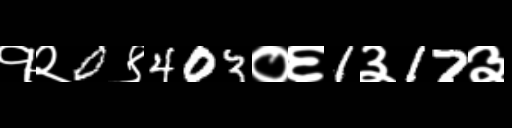
Text: १२0९403०६1३17३